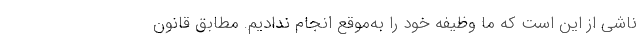
ناشی از این است که ما وظیفه خود را به‌موقع انجام ندادیم. مطابق قانون